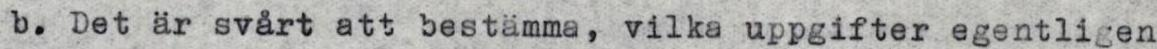
b. Det är svårt att bestämma, vilka uppgifter egentligen